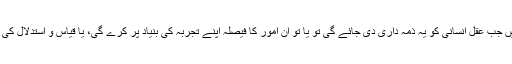
اس کے مقابلے میں جب عقل انسانی کو یہ ذمہ داری دی جائے گی تو یا تو ان امور کا فیصلہ اپنے تجربہ کی بنیاد پر کرے گی، یا قیاس و استدلال کی بنیاد پر کرے گی۔